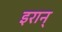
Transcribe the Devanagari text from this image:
इरान्